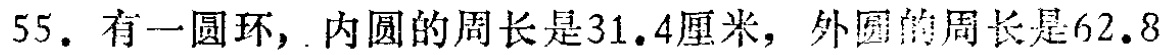
55. 有一圆环，内圆的周长是31.4厘米，外圆的周长是62.8